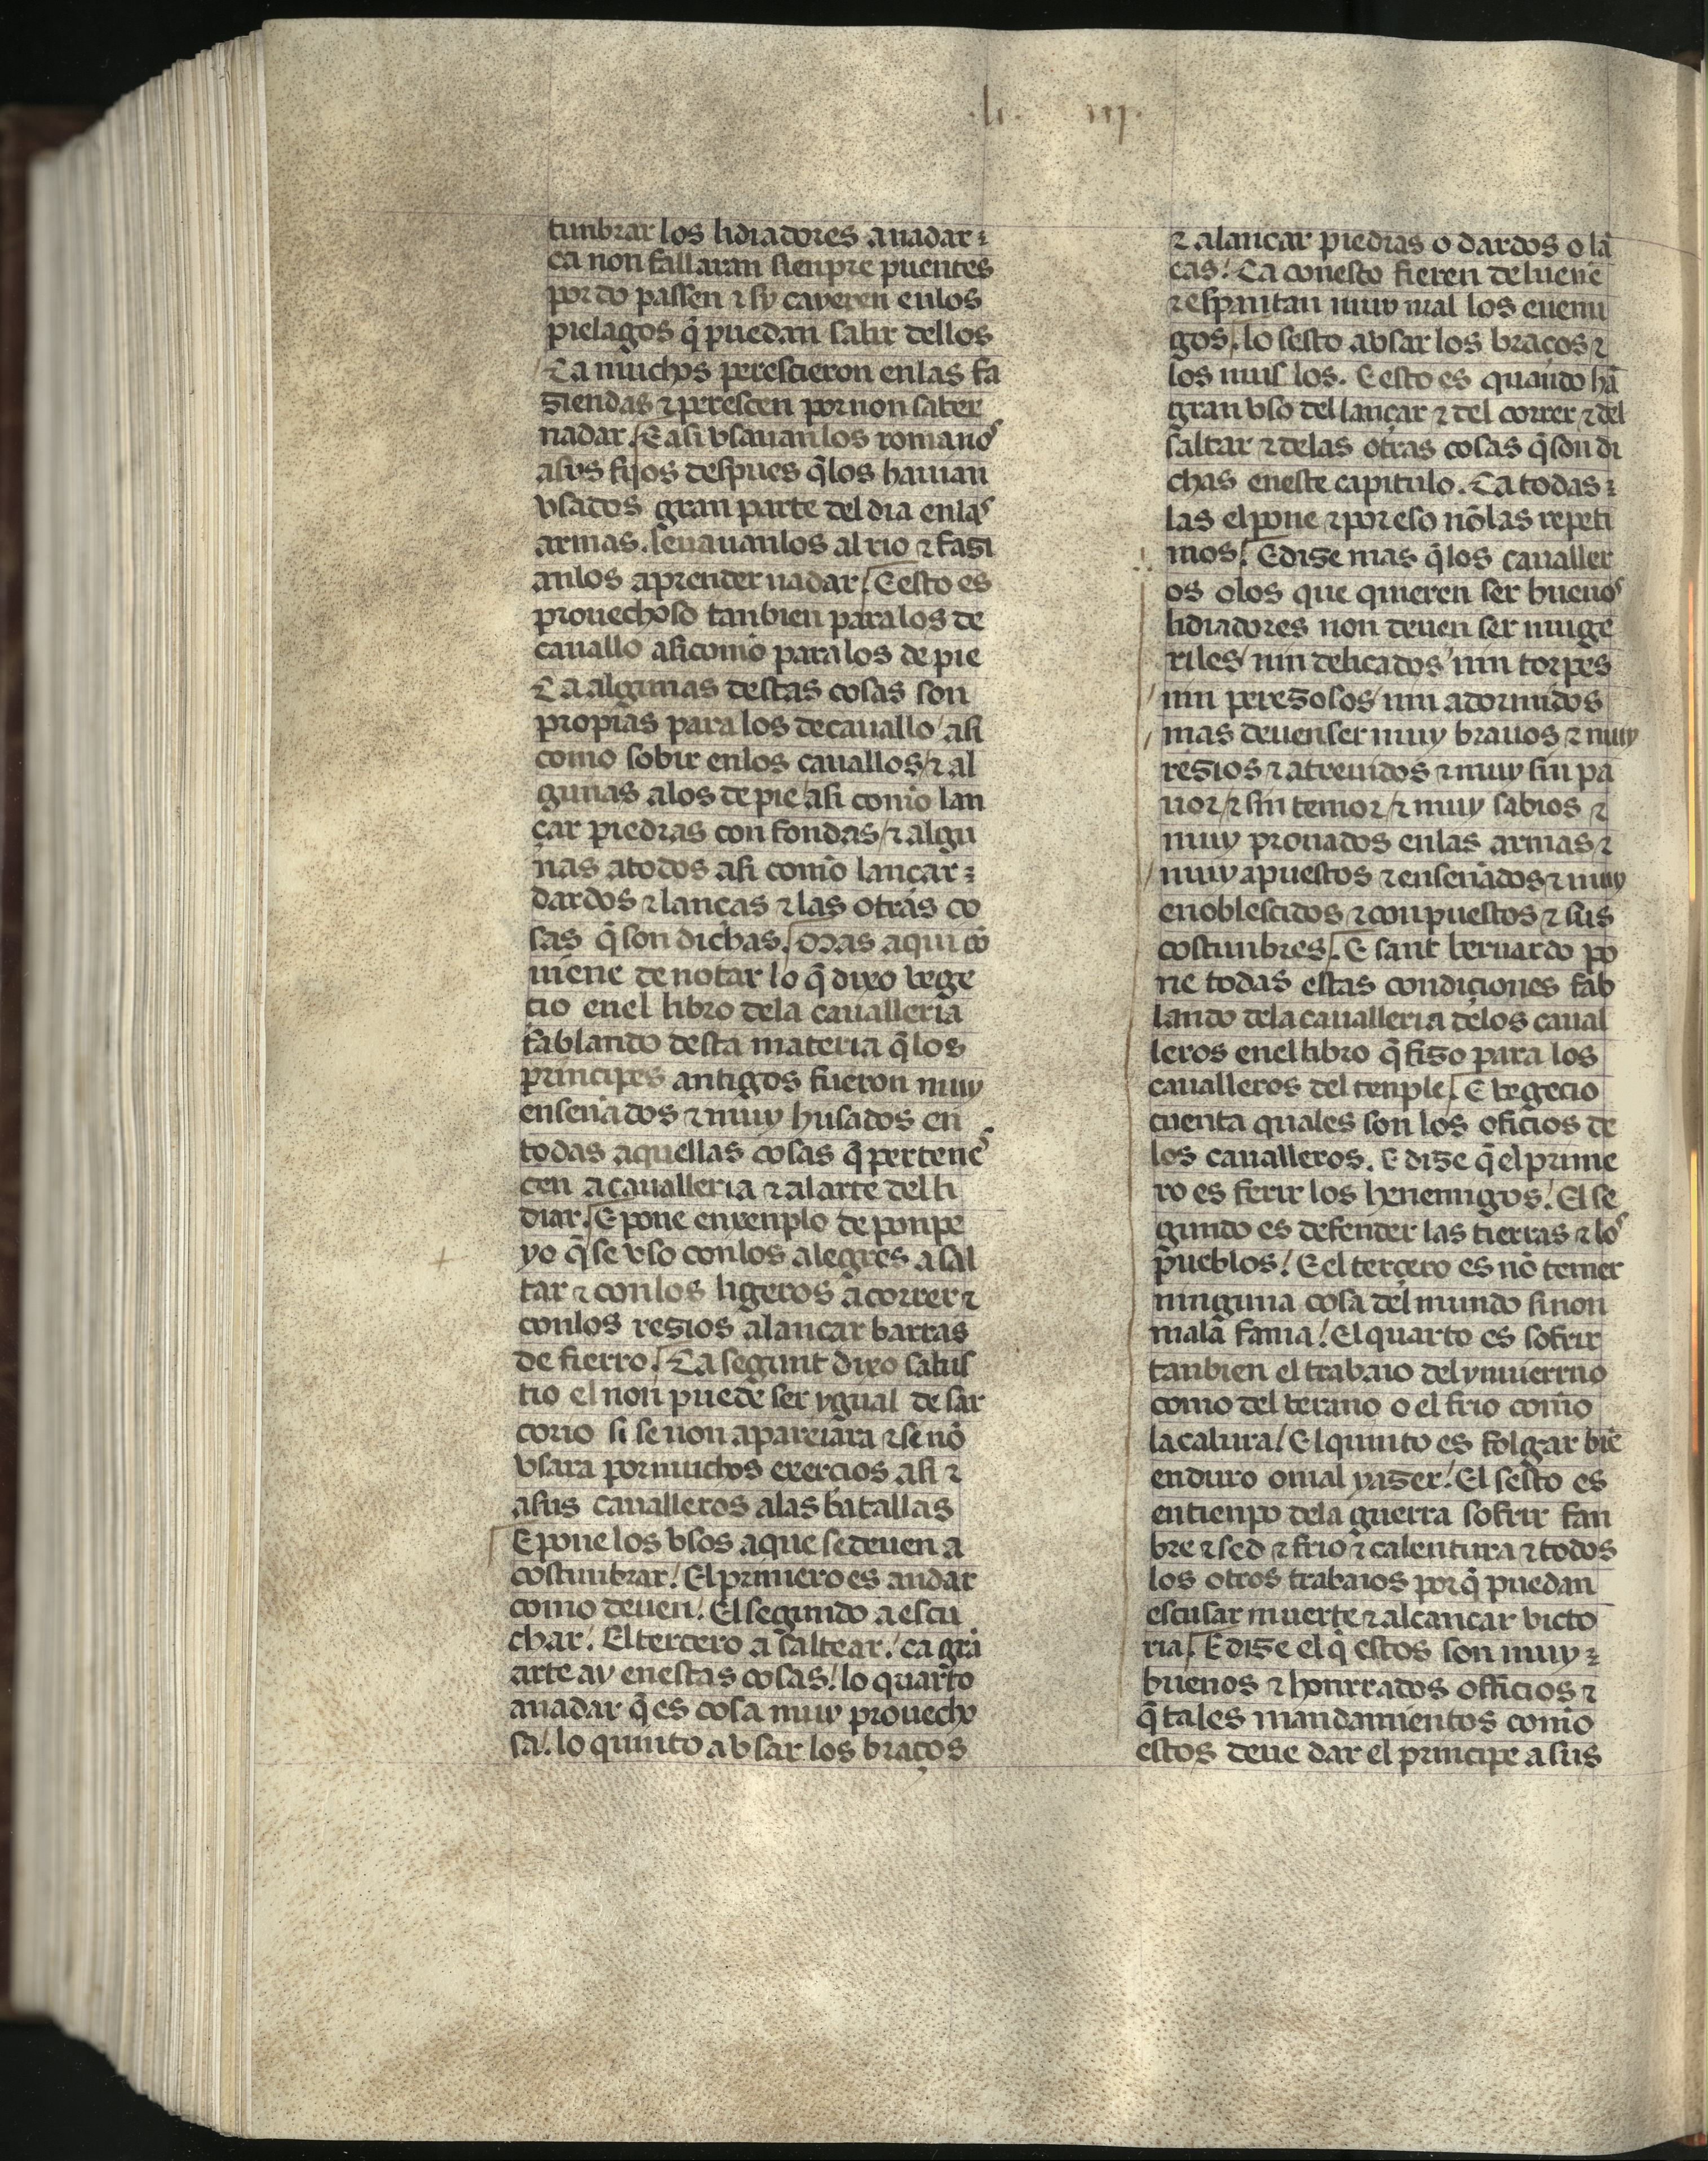
Shelfmark: Madrid, Fundación Lázaro Galdiano, mss 289
Century: 15